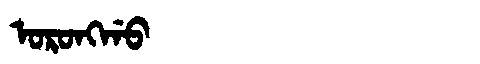
Manchu: ᠣᡵᠣᠩᡤᠣ
Romanization: ORONGGO